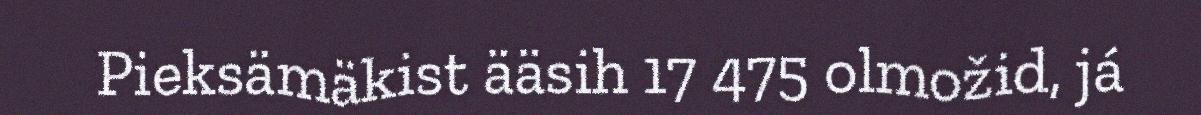
Pieksämäkist ääsih 17 475 olmožid, já